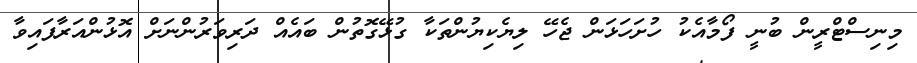
މިނިސްޓްރީން ބުނީ ފޯމާއެކު ހުށަހަޅަން ޖެހޭ ލިޔެކިޔުންތަކާ ގުޅޭގޮތުން ބައެއް ދަރިވަރުންނަށް އޮޅުންއަރާފައިވާ